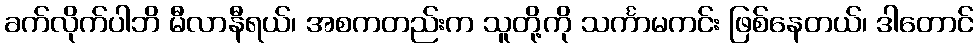
ခက်လိုက်ပါဘိ မီလာနီရယ်၊ အစကတည်းက သူတို့ကို သင်္ကာမကင်း ဖြစ်နေတယ်၊ ဒါတောင်